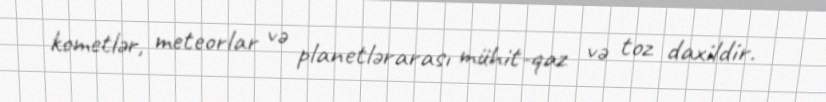
kometlər, meteorlar və planetlərarası mühit-qaz və toz daxildir.